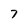
Character: 7